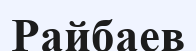
Райбаев